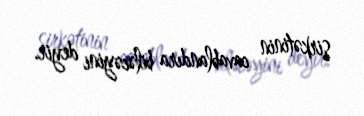
şirkətinin cavablandıra biləcəyini deyir.